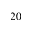
2 0